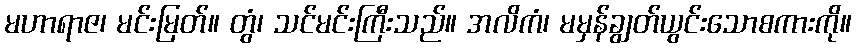
မဟာရာဇ၊ မင်းမြတ်။ တွံ၊ သင်မင်းကြီးသည်။ အလိကံ၊ မမှန်ချွတ်ယွင်းသောစကားကို။